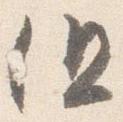
但